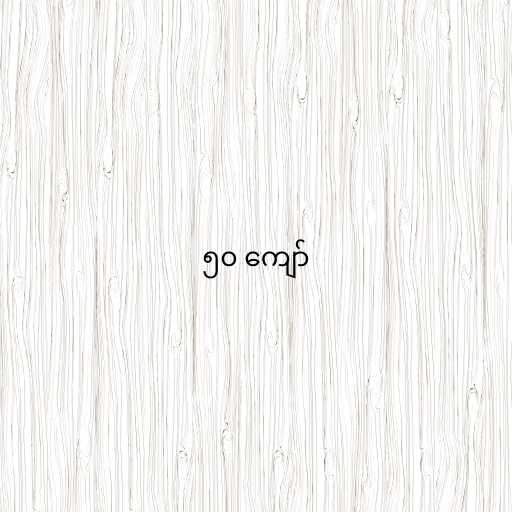
၅၀ ကျော်